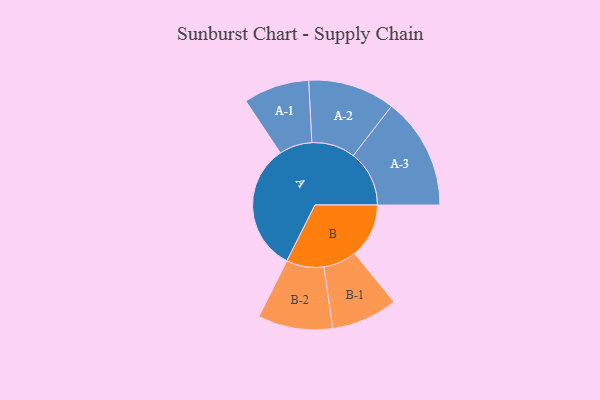
{"axis": {"x": "Segment", "y": "Value"}, "legend": ["", "A", "B"], "data": [{"x": "A", "y": 483, "type": ""}, {"x": "B", "y": 205, "type": ""}, {"x": "A-1", "y": 124, "type": "A"}, {"x": "A-2", "y": 164, "type": "A"}, {"x": "A-3", "y": 211, "type": "A"}, {"x": "B-1", "y": 125, "type": "B"}, {"x": "B-2", "y": 141, "type": "B"}]}